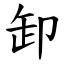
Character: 卸